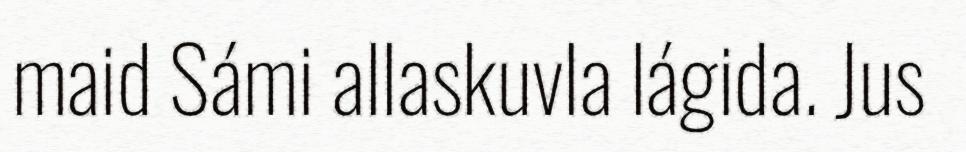
maid Sámi allaskuvla lágida. Jus